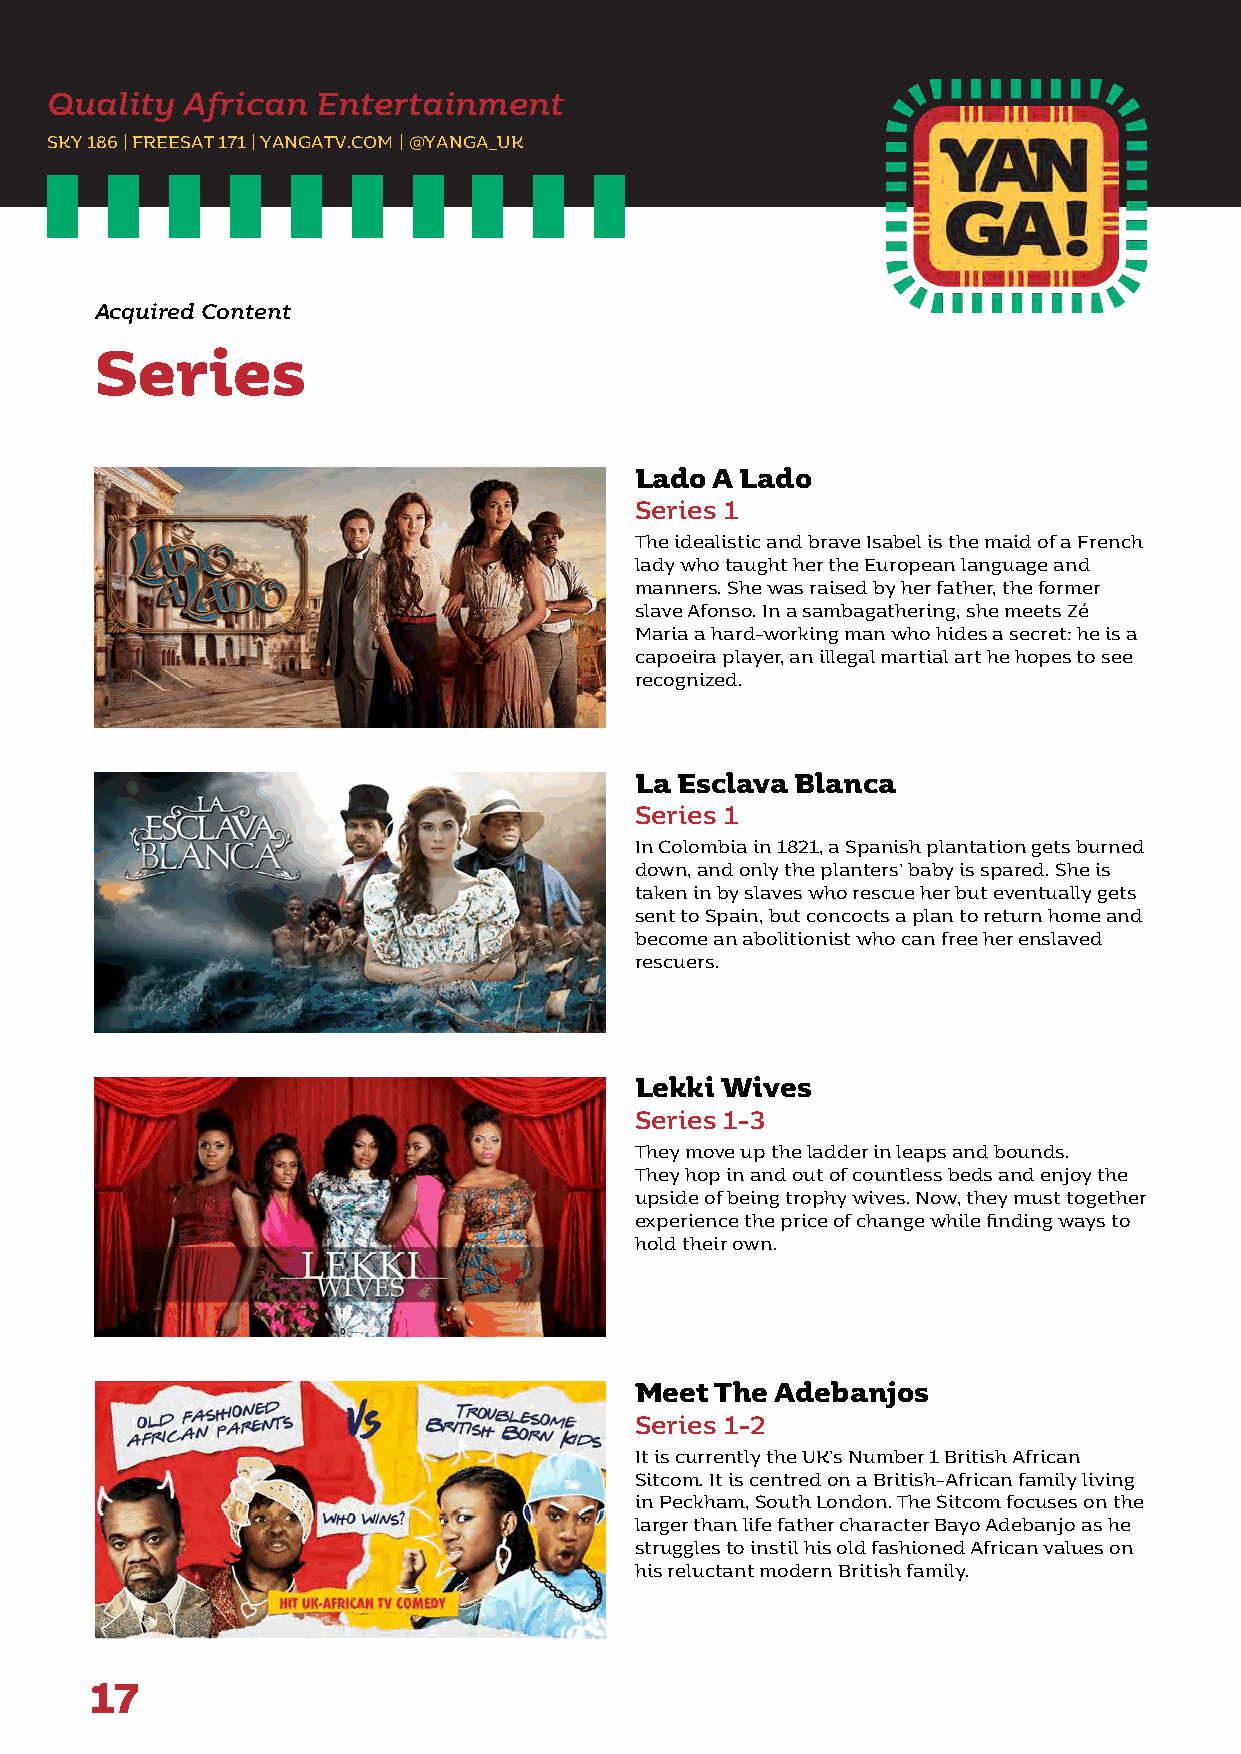
Quality  African  Entertainment
 SKY 186 | FREESAT 171 | YANGATV.COM | @YANGA_UK
 Acquired Content
 Series
 Lado A Lado
 Series 1
 The idealistic and brave Isabel is the maid of a French
 lady who taught her the European language and
 manners. She was raised by her father, the former
 slave Afonso. In a sambagathering, she meets Zé
 Maria a hard-working man who hides a secret: he is a
 capoeira player, an illegal martial art he hopes to see
 recognized.
 La Esclava Blanca
 Series 1
 In Colombia in 1821, a Spanish plantation gets burned
 down, and only the planters’ baby is spared. She is
 taken in by slaves who rescue her but eventually gets
 sent to Spain, but concocts a plan to return home and
 become an abolitionist who can free her enslaved
 rescuers.
 Lekki Wives
 Series 1-3
 They move up the ladder in leaps and bounds.
 They hop in and out of countless beds and enjoy the
 upside of being trophy wives. Now, they must together
 experience the price of change while finding ways to
 hold their own.
 Meet The Adebanjos
 Series 1-2
 It is currently the UK’s Number 1 British African
 Sitcom. It is centred on a British-African family living
 in Peckham, South London. The Sitcom focuses on the
 larger than life father character Bayo Adebanjo as he
 struggles to instil his old fashioned African values on
 his reluctant modern British family.
 17